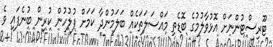
ޓޫރިސްޓުންނަށް އޮޅުވާލުމުގެ ބޮޑެތި މައްސަލަތަކެއް ބަލަމުންދާ ކަމަށް ފުލުހުން ކުރިން ބުނެފައި ވެ